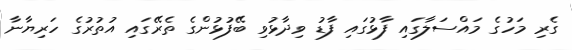
ގެރި މަހުގެ މައްސަލާގައި ފާޅުގައި ފާޑު ވިދާޅުވި ބޭފުޅުންގެ ތެރޭގައި އުތުރުގެ ހަރިޔާނާ